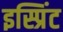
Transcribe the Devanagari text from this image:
इस्प्रिंट